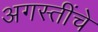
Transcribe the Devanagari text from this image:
अगस्तींचे